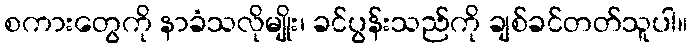
စကားတွေကို နာခံသလိုမျိုး၊ ခင်ပွန်းသည်ကို ချစ်ခင်တတ်သူပါ။